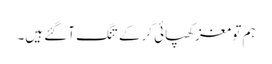
ہم تو مغز کھپائی کر کے تنگ آ گئے ہیں۔